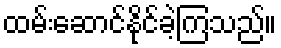
ထမ်းဆောင်နိုင်ခဲ့ကြသည်။